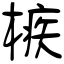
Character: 槉